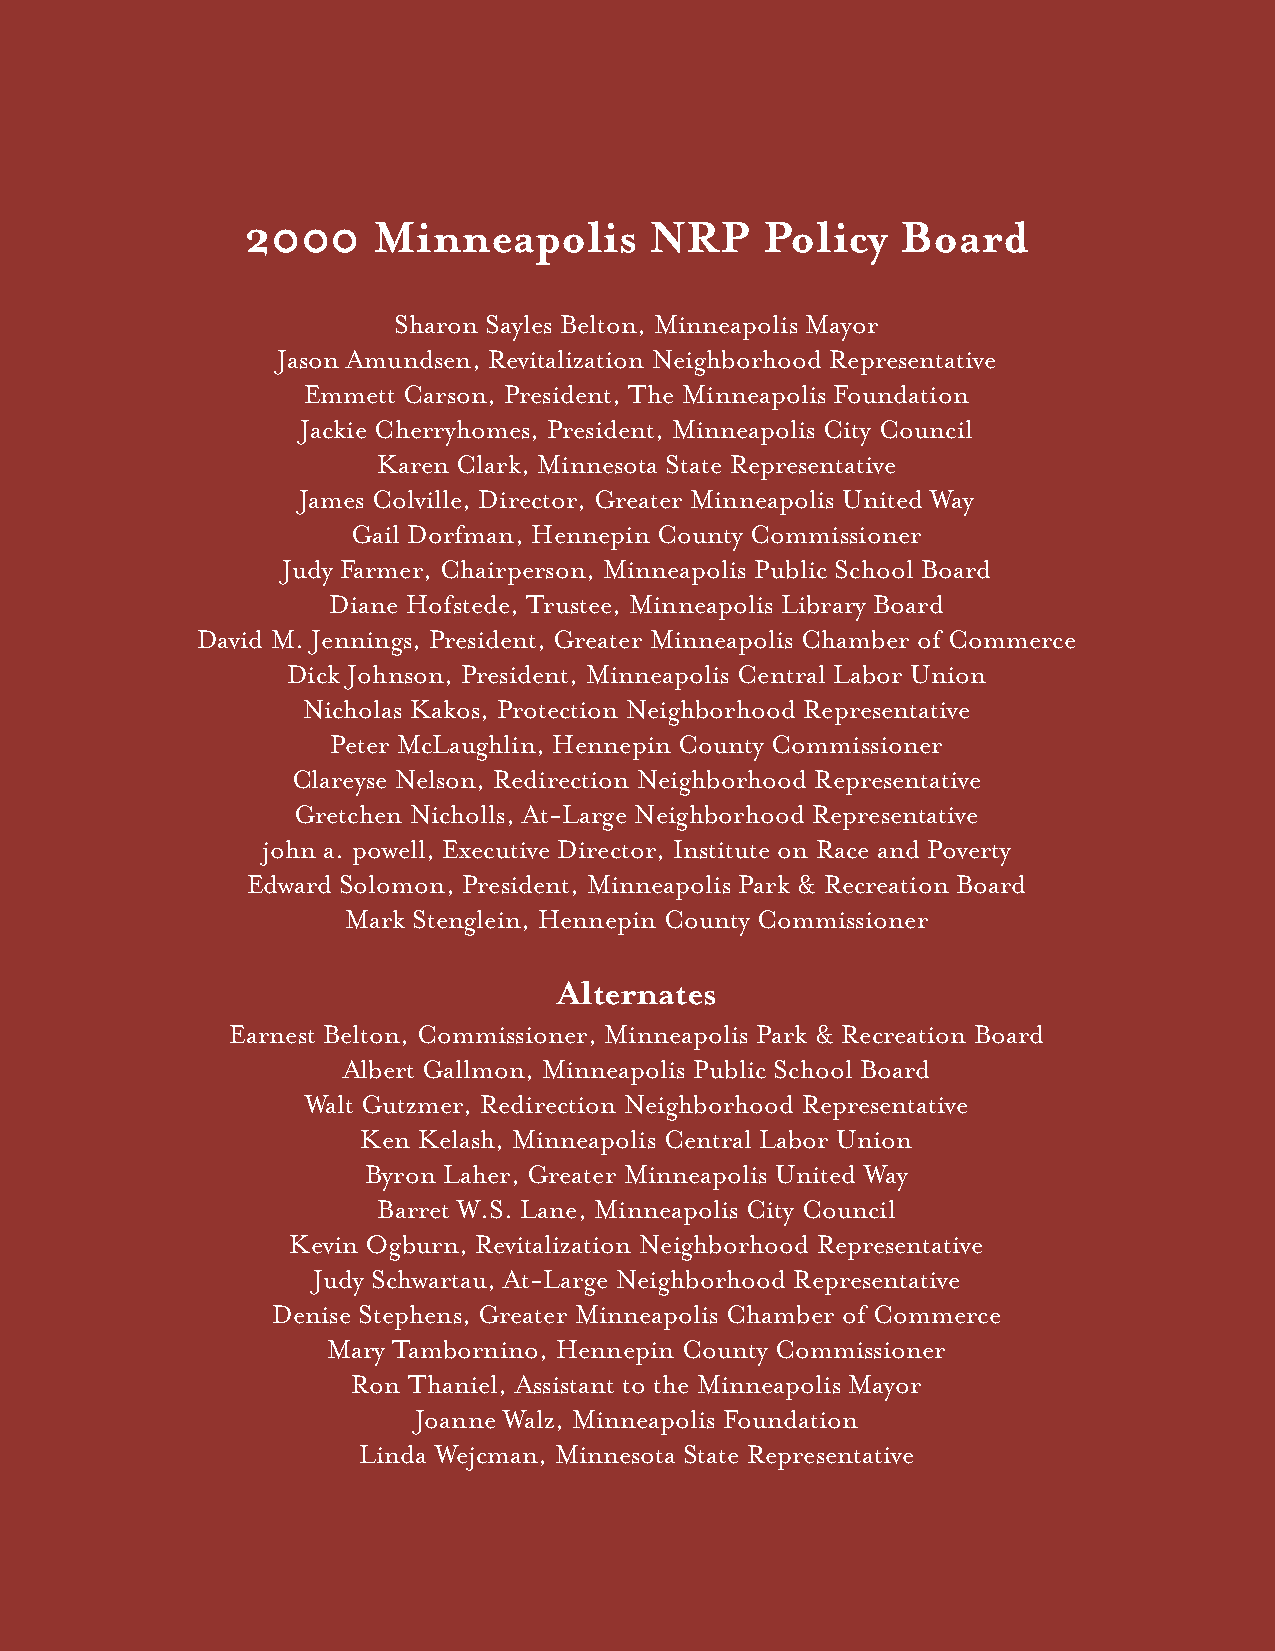
2000     Minneapolis       NRP     Policy   Board
 Sharon Sayles Belton, Minneapolis Mayor
 Jason Amundsen, Revitalization Neighborhood Representative
 Emmett Carson, President, The Minneapolis Foundation
 Jackie Cherryhomes, President, Minneapolis City Council
 Karen Clark, Minnesota State Representative
 James Colville, Director, Greater Minneapolis United Way
 Gail Dorfman, Hennepin County Commissioner
 Judy Farmer, Chairperson, Minneapolis Public School Board
 Diane Hofstede, Trustee, Minneapolis Library Board
 David M. Jennings, President, Greater Minneapolis Chamber of Commerce
 Dick Johnson, President, Minneapolis Central Labor Union
 Nicholas Kakos, Protection Neighborhood Representative
 Peter McLaughlin, Hennepin County Commissioner
 Clareyse Nelson, Redirection Neighborhood Representative
 Gretchen Nicholls, At-Large Neighborhood Representative
 john a. powell, Executive Director, Institute on Race and Poverty
 Edward Solomon, President, Minneapolis Park & Recreation Board
 Mark Stenglein, Hennepin County Commissioner
 Alternates
 Earnest Belton, Commissioner, Minneapolis Park & Recreation Board
 Albert Gallmon, Minneapolis Public School Board
 Walt Gutzmer, Redirection Neighborhood Representative
 Ken Kelash, Minneapolis Central Labor Union
 Byron Laher, Greater Minneapolis United Way
 Barret W.S. Lane, Minneapolis City Council
 Kevin Ogburn, Revitalization Neighborhood Representative
 Judy Schwartau, At-Large Neighborhood Representative
 Denise Stephens, Greater Minneapolis Chamber of Commerce
 Mary Tambornino, Hennepin County Commissioner
 Ron Thaniel, Assistant to the Minneapolis Mayor
 Joanne Walz, Minneapolis Foundation
 Linda Wejcman, Minnesota State Representative